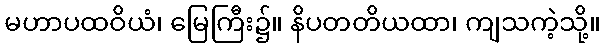
မဟာပထဝိယံ၊ မြေကြီး၌။ နိပတတိယထာ၊ ကျသကဲ့သို့။